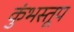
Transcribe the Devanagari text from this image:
कुंभस्तूप